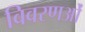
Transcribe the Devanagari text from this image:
विवरणओं